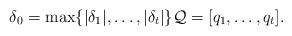
LaTeX: \begin{align*}\delta_0 = \max \{ |\delta_1|, \dots , |\delta_t| \} \mathcal{Q}=[ q_1,\dots , q_t ].\end{align*}